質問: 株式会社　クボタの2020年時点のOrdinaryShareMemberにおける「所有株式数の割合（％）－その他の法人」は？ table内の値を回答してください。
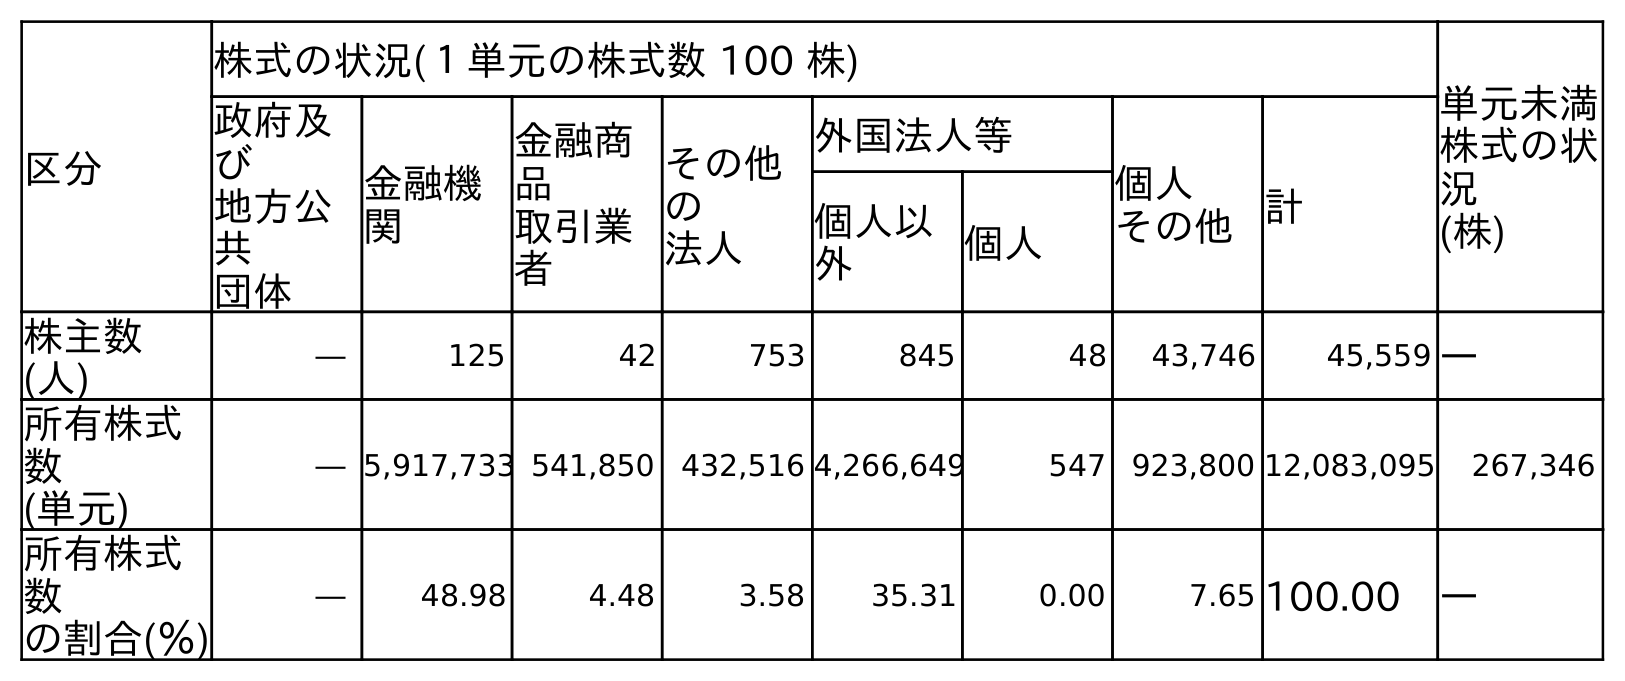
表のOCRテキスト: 区分 株式の状況(１単元の株式数 100 株) 単元未満 株式の状 況 (株) 政府及 び 地方公 共 団体 金融機 関 金融商 品 取引業 者 その他 の 法人 外国法人等 個人 その他計 個人以 外 個人 株主数 (人) ― 125 42 753 845 48 43,746 45,559 ― 所有株式 数 (単元) ― 5,917,733 541,850 432,516 4,266,649 547 923,800 12,083,095 267,346 所有株式 数 の割合(％) ― 48.98 4.48 3.58 35.31 0.00 7.65 100.00 ―
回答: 3.58